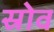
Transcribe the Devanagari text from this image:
स्रोव